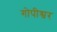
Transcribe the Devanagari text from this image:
गोपीश्वर